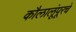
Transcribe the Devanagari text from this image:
कौलालूंपूरचे